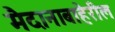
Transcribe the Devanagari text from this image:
मैदानाबाहेरील